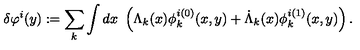
\delta \varphi ^ { i } ( y ) : = \sum _ { k } \int d x \ \left( \Lambda _ { k } ( x ) \phi _ { k } ^ { i ( 0 ) } ( x , y ) + \dot { \Lambda } _ { k } ( x ) \phi _ { k } ^ { i ( 1 ) } ( x , y ) \right) .